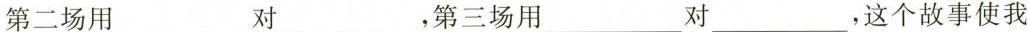
第二场用___对___，第三场用___对___，这个故事使我